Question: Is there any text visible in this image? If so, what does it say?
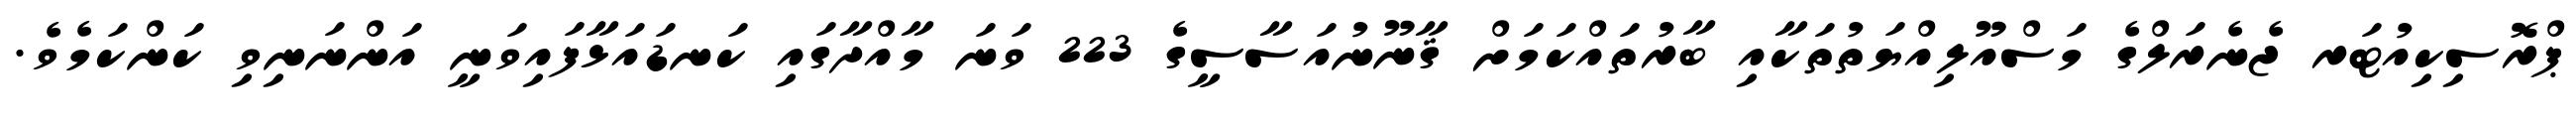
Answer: ޕްރޮސިކިއުޓަރ ޖެނެރަލްގެ މަސްއޫލިއްޔަތުތަކާއި ބާރުތައްކަމަށް ޤާނޫނުއަސާސީގެ 223 ވަނަ މާއްދާގައި ކަނޑައަޅާފައިވަނީ އަންނަނިވި ކަންކަމެވެ.